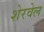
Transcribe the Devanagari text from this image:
शेरवेल